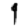
Digit: 1